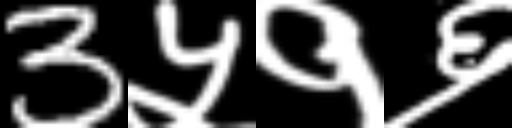
Text: 3५१६